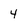
Character: 4